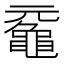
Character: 𪓣